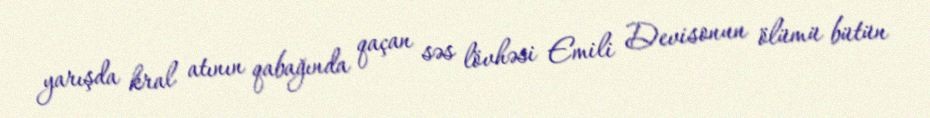
yarışda kral atının qabağında qaçan səs lövhəsi Emili Devisonun ölümü bütün